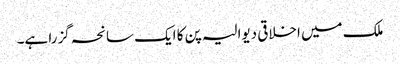
ملک میں اخلاقی دیوالیہ پن کا ایک سانحہ گزرا ہے۔